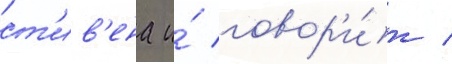
ст'ив'ена и́ говор'и́т /